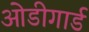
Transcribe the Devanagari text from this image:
ओडीगार्ड